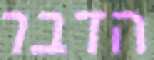
הדבר